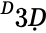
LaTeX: ^Ḋ3Ḍ